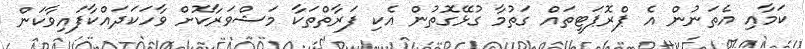
ކަމާއި އެތަނުން އެ ޕްރޮޕަޓީތައް ގަތުމާ ގުޅޭގޮތުން އެކި ފަރާތްތަކާ މަޝްވަރާކޮށް ވާހަކަދައްކާފައިވާކަން